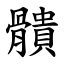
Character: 䯣